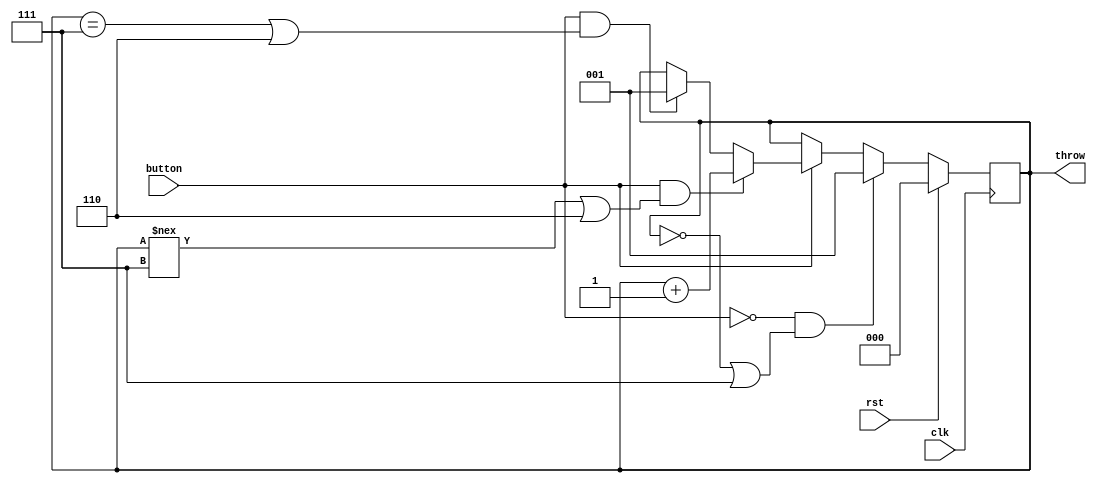
//////////////////////////////////////////////////////////////////////////////////
// Exercise #4 
// Student Name:
// Date: 
//
//  Description: In this exercise, you need to design an electronic dice, following
//  the diagram provided in the exercises documentation. The dice rolls as long as
//  a button is pressed, and stops when it is released. 
//
//  inputs:
//           clk, rst, button
//
//  outputs:
//           throw [2:0]
//
//  You need to write the whole file.
//////////////////////////////////////////////////////////////////////////////////

`timescale 1ns / 100ps

module dice(
	input wire rst, 
	input wire button, 
	input wire clk,
	output reg [2:0] throw 
    );


    always @(posedge clk)
	begin
	if(rst)
	throw <= 3'b000;
	else
	if(!button && (throw == 3'b000 | 3'b111))
	throw <= 3'b001;
	else
	if(!button)
	throw <= throw;
	else
	if(button && (throw !== 3'b111 | 3'b110))
	throw <= throw + 3'b001;
	else
	if(button && (throw == 3'b111 | 3'b110))
	throw <= 3'b001;
	end


                    
      
endmodule